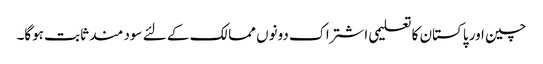
چین اور پاکستان کا تعلیمی اشتراک دونوں ممالک کے لئے سود مند ثابت ہوگا۔